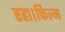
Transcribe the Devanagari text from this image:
रहा।फिल्म